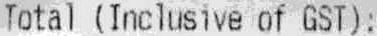
TOTAL (INCLUSIVE OF GST):